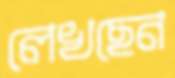
লেখছেন